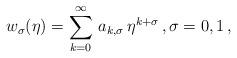
LaTeX: \begin{align*}w_\sigma(\eta)=\sum_{k=0}^\infty\,a_{k,\sigma}\,\eta^{k+\sigma}\,, \sigma=0, 1\,, \end{align*}